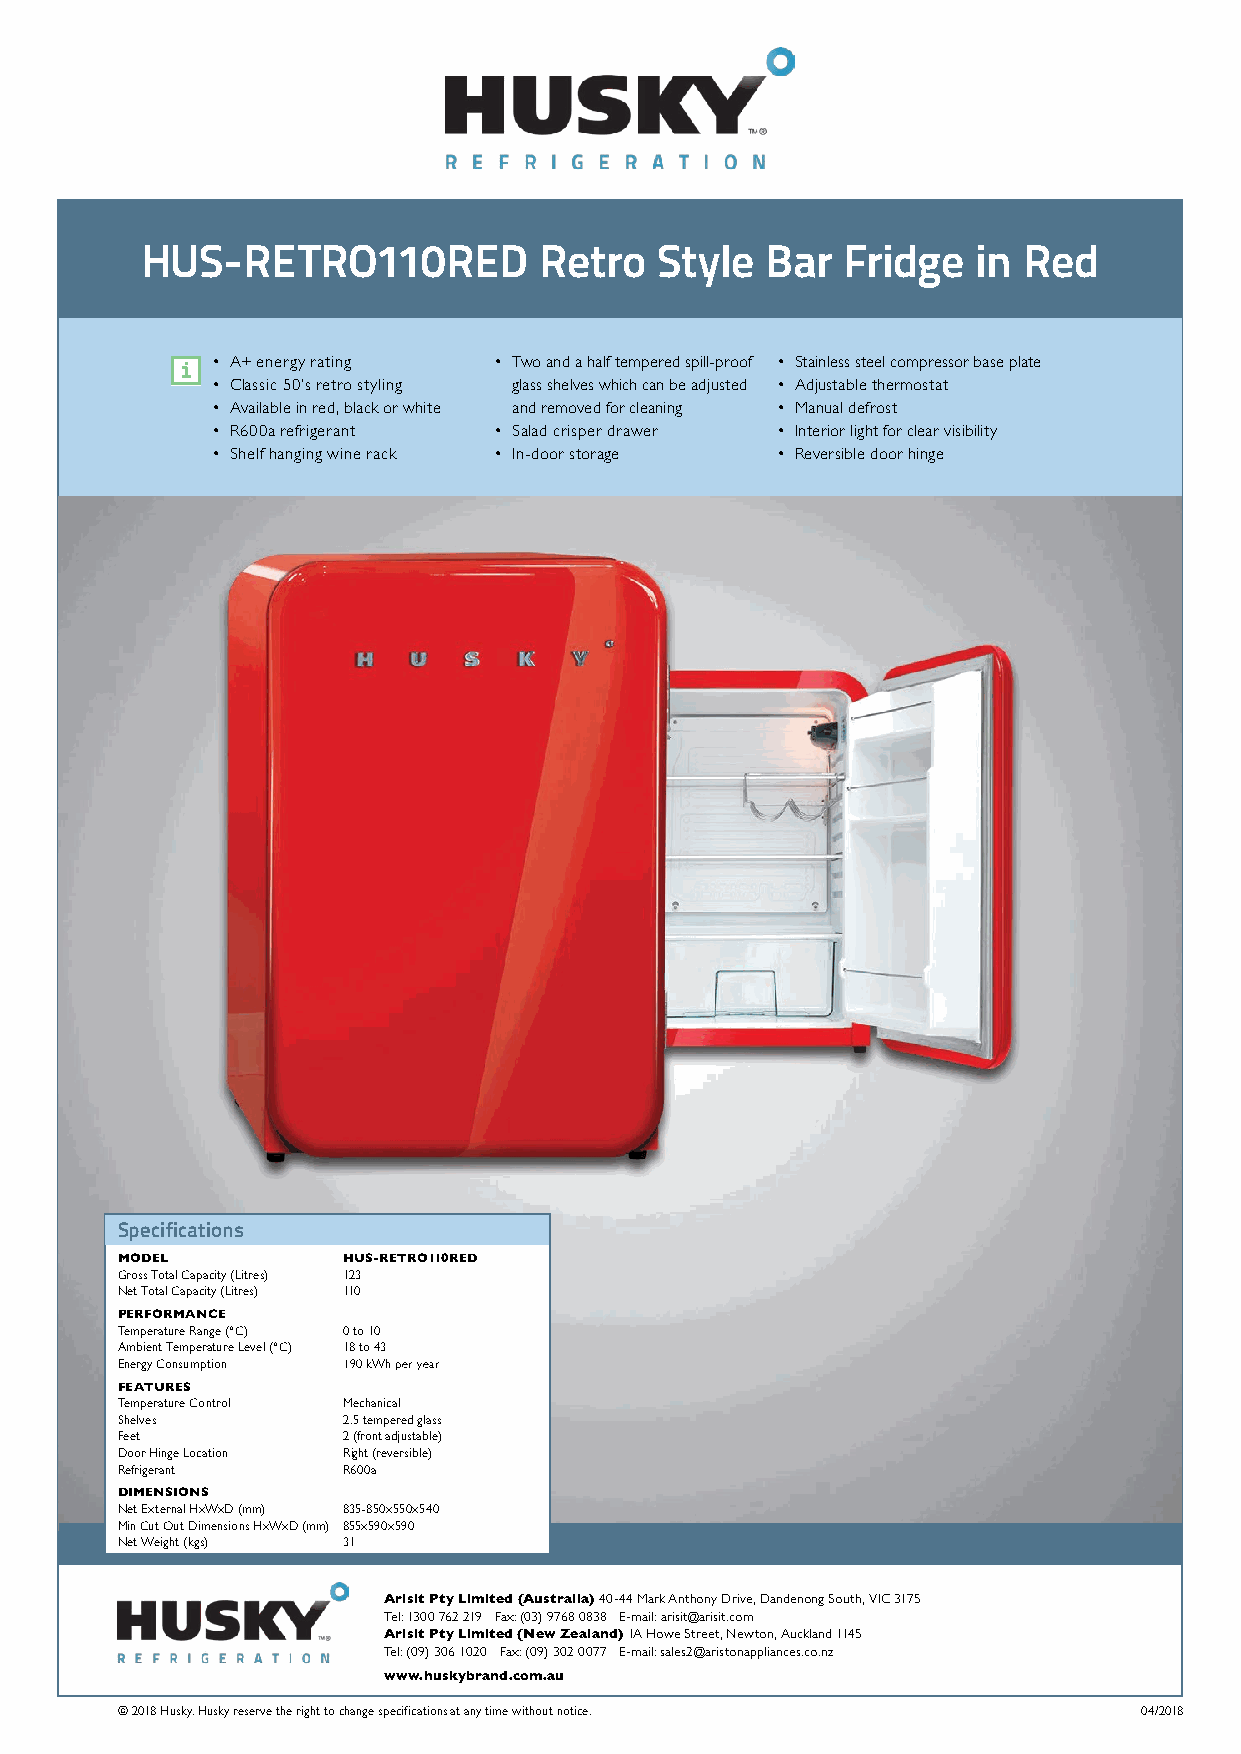
HUS-RETRO110RED            Retro  Style   Bar  Fridge   in Red
 • A + energy rating • T wo and a half tempered spill-proof • Stainless steel compressor base plate
 • Classic 50’s retro styling glass shelves which can be adjusted • A djustable thermostat
 • Available in red, black or white and removed for cleaning • Manual defrost
 • R600a refrigerant • Salad crisper drawer • Interior light for clear visibility
 • S helf hanging wine rack • In-door storage • Reversible door hinge
 Specifications
 MODEL          HUS-RETRO110RED
 Gross Total Capacity (Litres) 123
 Net Total Capacity (Litres) 110
 PERFORMANCE
 Temperature Range (°C) 0 to 10
 Ambient Temperature Level (°C) 18 to 43
 Energy Consumption 190 kWh per year
 FEATURES
 Temperature Control Mechanical
 Shelves        2.5 tempered glass
 Feet           2 (front adjustable)
 Door Hinge Location Right (reversible)
 Refrigerant    R600a
 DIMENSIONS
 Net External HxWxD (mm) 835-850x550x540
 Min Cut Out Dimensions HxWxD (mm) 855x590x590
 Net Weight (kgs) 31
 Arisit Pty Limited (Australia) 40-44 Mark Anthony Drive, Dandenong South, VIC 3175
 Tel: 1300 762 219 Fax: (03) 9768 0838 E-mail: arisit@arisit.com
 Arisit Pty Limited (New Zealand) 1A Howe Street, Newton, Auckland 1145
 Tel: (09) 306 1020 Fax: (09) 302 0077 E-mail: sales2@aristonappliances.co.nz
 www.huskybrand.com.au
 © 2018 Husky. Husky reserve the right to change specifications at any time without notice. 04/2018